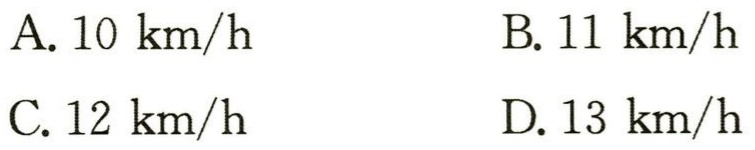
A. \(10\ km/h\)

B. \(11\ km/h\)

C. \(12\ km/h\)

D. \(13\ km/h\)